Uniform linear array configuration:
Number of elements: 64
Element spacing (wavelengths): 1
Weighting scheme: uniform
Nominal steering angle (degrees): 30
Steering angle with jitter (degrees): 31.018
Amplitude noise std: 0.05
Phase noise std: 0.05

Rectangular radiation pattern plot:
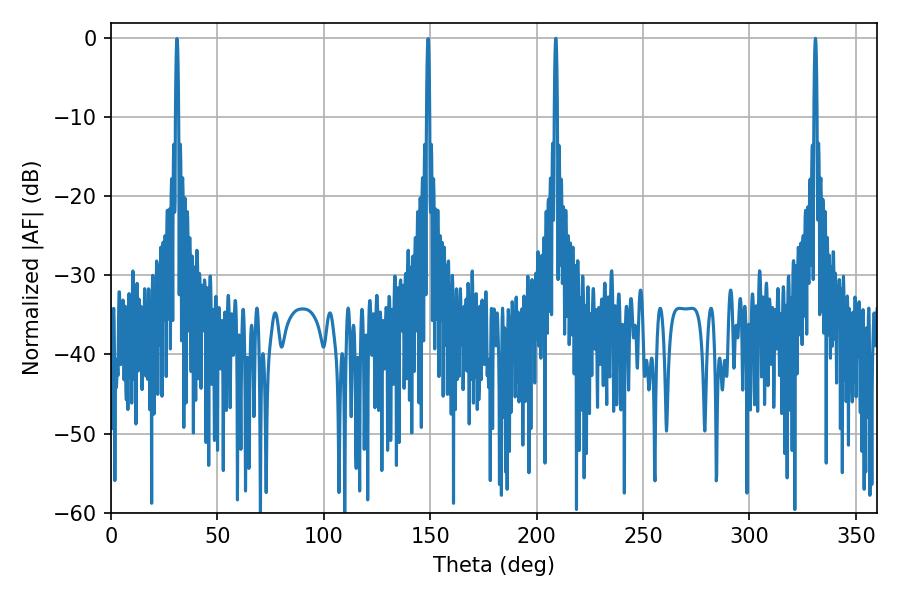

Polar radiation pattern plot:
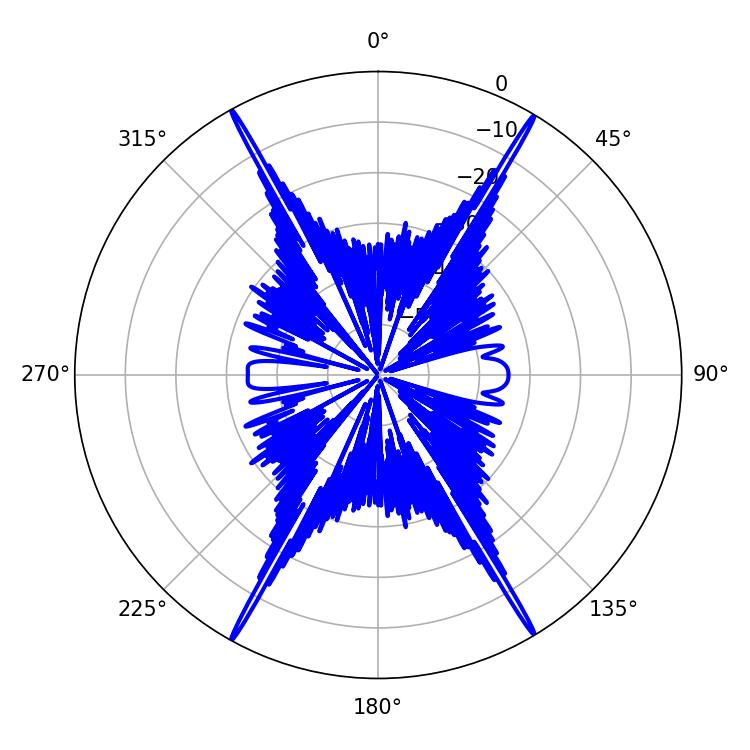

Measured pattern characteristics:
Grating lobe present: TRUE
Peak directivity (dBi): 31.545
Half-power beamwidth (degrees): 0.72
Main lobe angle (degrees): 208.98